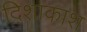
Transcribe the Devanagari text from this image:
दिशाकाश